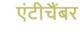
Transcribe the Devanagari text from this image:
एंटीचैंबर